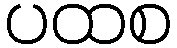
ပထစ